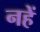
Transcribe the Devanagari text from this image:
नहें